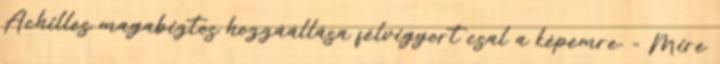
Achilles magabiztos hozzáállása félvigyort csal a képemre. - Mire